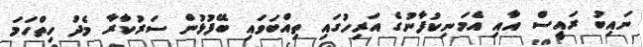
ނައިބު ރައީސް އާއި އެމަނިކުފާނުގެ އަރިހުގައި ތިއްބަވައި ބޭފުޅުން ސަރުކާރާ މެދު ހިތްހަމަ